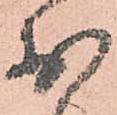
於